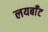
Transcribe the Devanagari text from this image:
लयबाँट